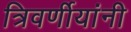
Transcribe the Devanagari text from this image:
त्रिवर्णीयांनी